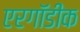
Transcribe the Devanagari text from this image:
एरगॉडीक